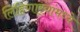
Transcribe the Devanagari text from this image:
लिहिणार्‍यांमध्ये